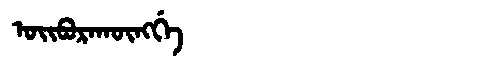
Manchu: ᠣᡳᠪᠣᡵᠠᡴᡡᠩᡤᡝ
Romanization: OIBORAKŪNGGE